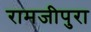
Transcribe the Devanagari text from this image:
रामजीपुरा